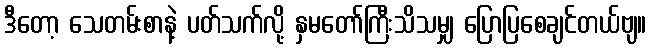
ဒီတော့ သေတမ်းစာနဲ့ ပတ်သက်လို့ နှမတော်ကြီးသိသမျှ ပြောပြစေချင်တယ်ဗျ။